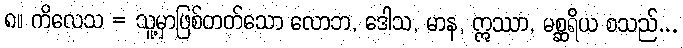
၈။ ကိလေသ = သူ့မှာဖြစ်တတ်သော လောဘ, ဒေါသ, မာန, ဣဿာ, မစ္ဆရိယ စသည်...